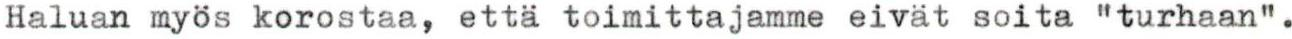
Haluan myös korostaa, että toimittajamme eivät soita "turhaan".